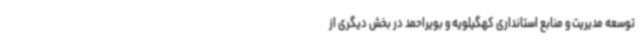
توسعه مدیریت و منابع استانداری کهگیلویه و بویراحمد در بخش دیگری از